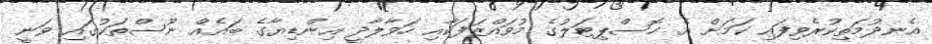
އެނދުމަތިކުރެވިފައި ކަމަށް އެ ހޮސްޕިޓަލުގެ މުވައްޒަފަކާއި ހަވާލާދީ އިންޑިޔާގެ ބައެއް ނޫސްތަކުގައި ވަނީ